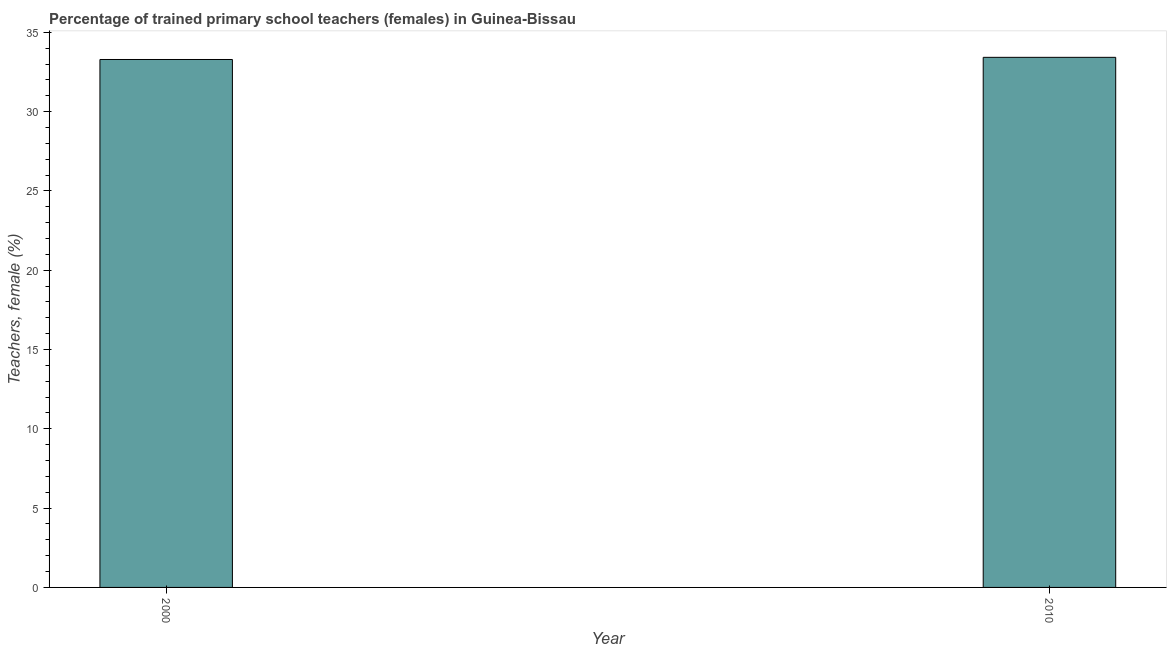
| Year | Trained teachers female |
 | --- | --- |
 | 2000 | 33.3 |
 | 2010 | 33.4 |